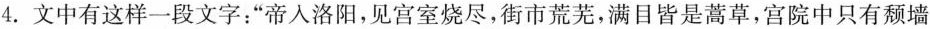
4. 文中有这样一段文字：“帝人洛阳，见宫室烧尽，街市荒芜，满目皆是蒿草，宫院中只有颓墙